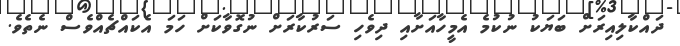
ދައްކާލިއިރަށް ބަޔަކު ނުކުމެ އެމީހާއަށާއި ދިވެހި ސަރުކާރަށް ނުގޮވާކަށް ހަމަ އެކައްޗެއްވެސް ނެތެވެ.